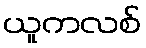
ယူကလစ်